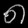
Digit: ၈